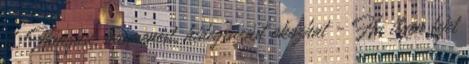
4. Hányást, hasmenést, hidegrázást okozhat - Ha ilyen tejet